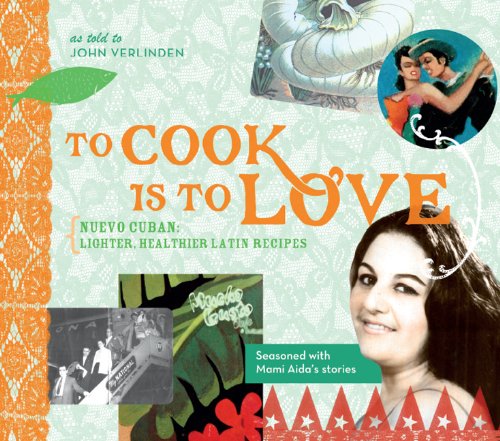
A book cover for To Cook Is to Love: Nuevo Cuban: Lighter, Healthier Latin Recipes; John Verlinden; Cookbooks, Food & Wine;